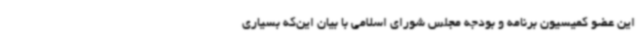
این عضو کمیسیون برنامه و بودجه مجلس شورای اسلامی با بیان این‌که بسیاری